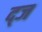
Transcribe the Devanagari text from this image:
द्ज